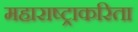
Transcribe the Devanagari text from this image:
महाराष्ट्राकरिता